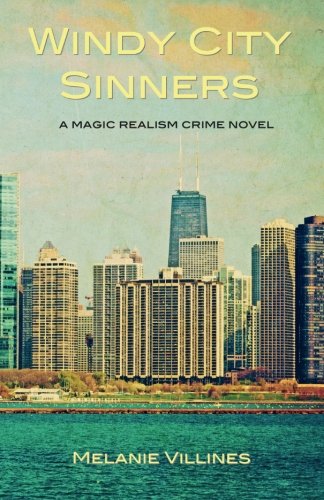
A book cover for Windy City Sinners: A Novel; Melanie Villines; Science Fiction & Fantasy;